Indian journal of veterinary science and animal husbandry - Volume 1,
Year: 1931
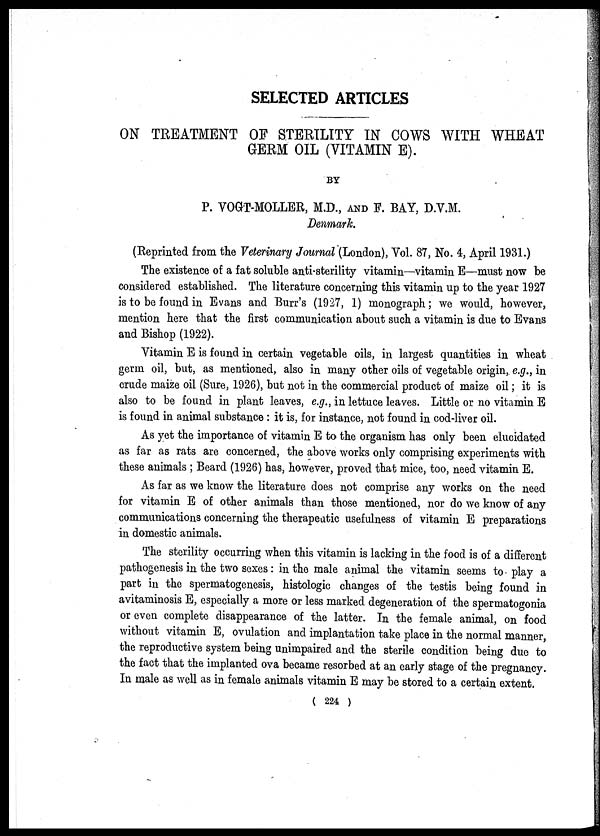
SELECTED ARTICLES
ON TREATMENT OF STERILITY IN COWS WITH WHEAT
GERM OIL (VITAMIN E).
BY
P. VOGT-MOLLER, M.D., AND F. BAY, D.V.M.
Denmark.
(Reprinted from the Veterinary Journal (London), Vol. 87, No. 4, April 1931.)
The existence of a fat soluble anti-sterility vitamin—vitamin E—must now be
considered established. The literature concerning this vitamin up to the year 1927
is to be found in Evans and Burr's (1927, 1) monograph; we would, however,
mention here that the first communication about such a vitamin is due to Evans
and Bishop (1922).
Vitamin E is found in certain vegetable oils, in largest quantities in wheat
germ oil, but, as mentioned, also in many other oils of vegetable origin, e.g., in
crude maize oil (Sure, 1926), but not in the commercial product of maize oil; it is
also to be found in plant leaves, e.g., in lettuce leaves. Little or no vitamin E
is found in animal substance : it is, for instance, not found in cod-liver oil.
As yet the importance of vitamin E to the organism has only been elucidated
as far as rats are concerned, the above works only comprising experiments with
these animals ; Beard (1926) has, however, proved that mice, too, need vitamin E.
As far as we know the literature does not comprise any works on the need
for vitamin E of other animals than those mentioned, nor do we know of any
communications concerning the therapeutic usefulness of vitamin E preparations
in domestic animals.
The sterility occurring when this vitamin is lacking in the food is of a different
pathogenesis in the two sexes: in the male animal the vitamin seems to play a
part in the spermatogenesis, histologic changes of the testis being found in
avitaminosis E, especially a more or less marked degeneration of the spermatogonia
or even complete disappearance of the latter. In the female animal, on food
without vitamin E, ovulation and implantation take place in the normal manner,
the reproductive system being unimpaired and the sterile condition being due to
the fact that the implanted ova became resorbed at an early stage of the pregnancy.
In male as well as in female animals vitamin E may be stored to a certain extent.
( 224 )